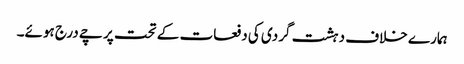
ہمارے خلاف دہشت گردی کی دفعات کے تحت پرچے درج ہوئے۔